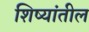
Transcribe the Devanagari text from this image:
शिष्यांतील